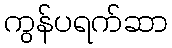
ကွန်ပရက်ဆာ